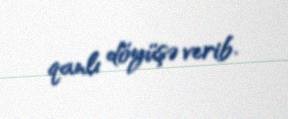
qanlı döyüşə verib.